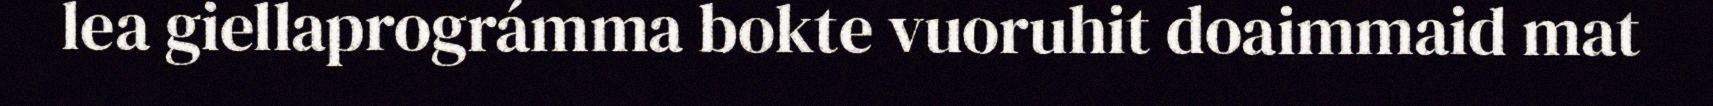
lea giellaprográmma bokte vuoruhit doaimmaid mat